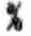
%